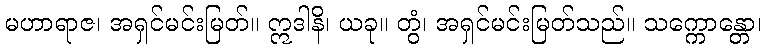
မဟာရာဇ၊ အရှင်မင်းမြတ်။ ဣဒါနိ၊ ယခု။ တွံ၊ အရှင်မင်းမြတ်သည်။ သက္ကောန္တော၊